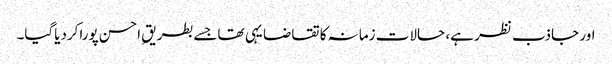
اور جاذب نظر ہے، حالات زمانہ کا تقاضا یہی تھاجسے بطریقِ احسن پوراکردیاگیا۔